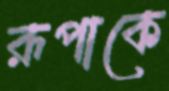
রূপাকে